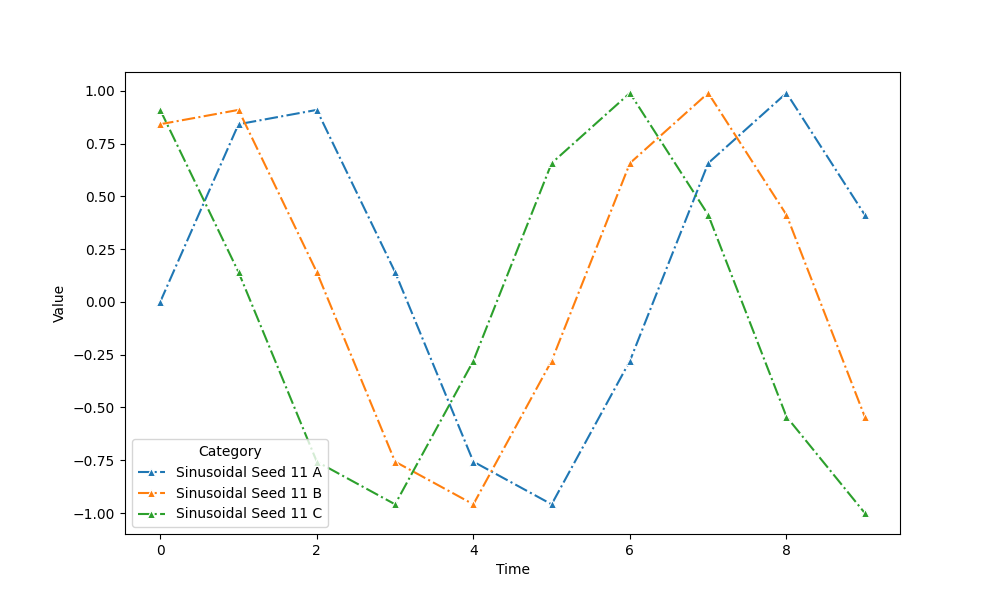
python, seaborn, lineplot, style='dashdot', marker='^'